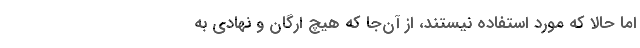
اما حالا که مورد استفاده نیستند، از آن‌جا که هیچ ارگان و نهادی به